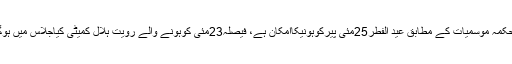
محکمہ موسمیات کے مطابق عید الفطر25مئی پیرکوہونیکاامکان ہے، فیصلہ23مئی کوہونے والے رویت ہلال کمیٹی کیاجلاس میں ہوگا۔